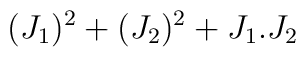
(J_{1})^2 + (J_{2})^2          + J_{1}.J_{2}